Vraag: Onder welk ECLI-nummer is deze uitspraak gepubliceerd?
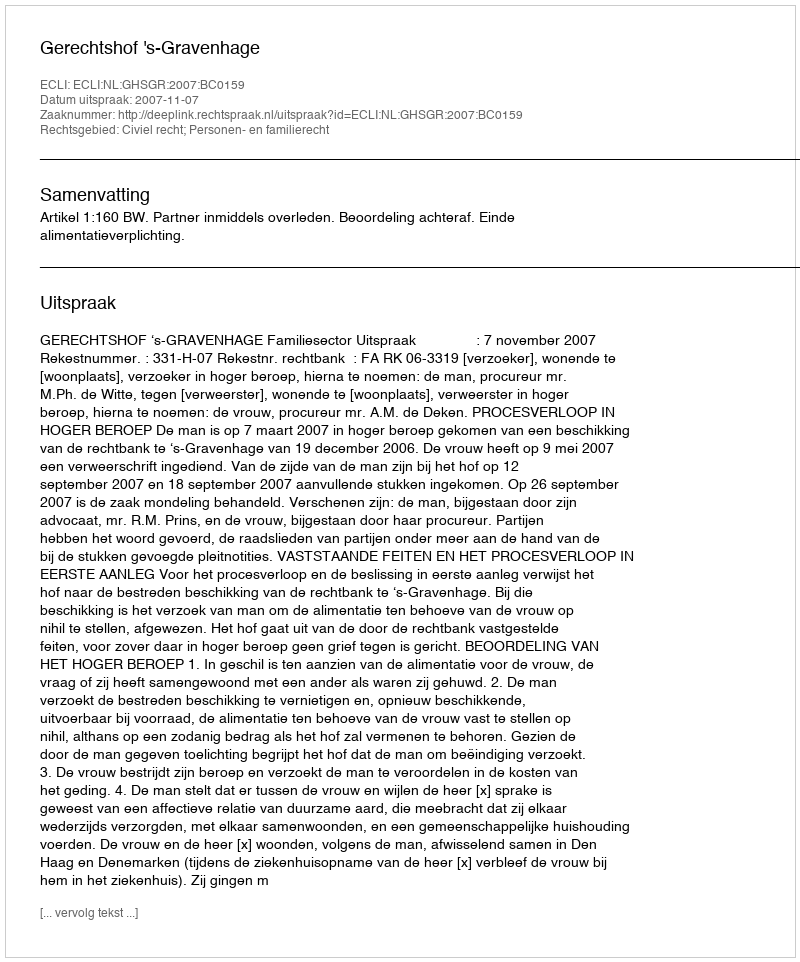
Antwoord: ECLI:NL:GHSGR:2007:BC0159